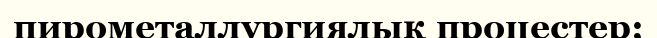
пирометаллургиялық процестер;